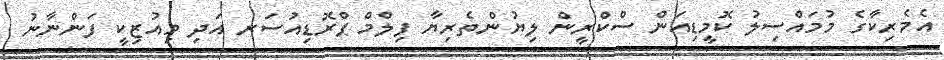
އެމެރިކާގެ މުމައްސިލު ކޮމީޑިއަން ސްކްރީން ލިޔުންތެރިޔާ ފިލްމް ޕްރޮޑިއުސަރ އަދި މިއުޒިކީ ފަންނާނު